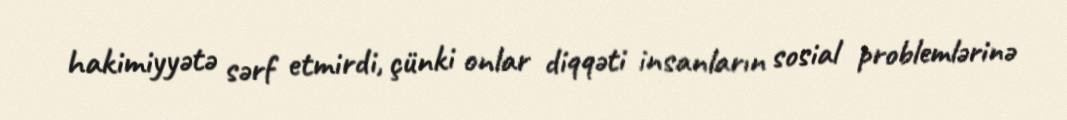
hakimiyyətə sərf etmirdi, çünki onlar diqqəti insanların sosial problemlərinə